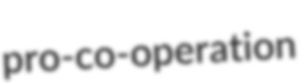
pro-co-operation